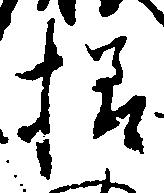
様